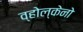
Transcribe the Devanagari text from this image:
व्होल्केनो